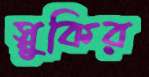
স্নুকির